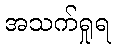
အသက်ရှုရ